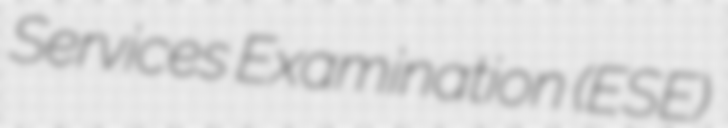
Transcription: Services Examination (ESE)